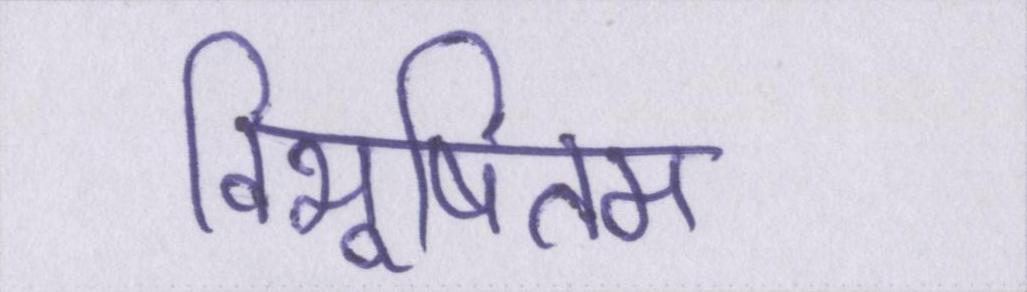
विभूषितम